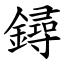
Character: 鐞